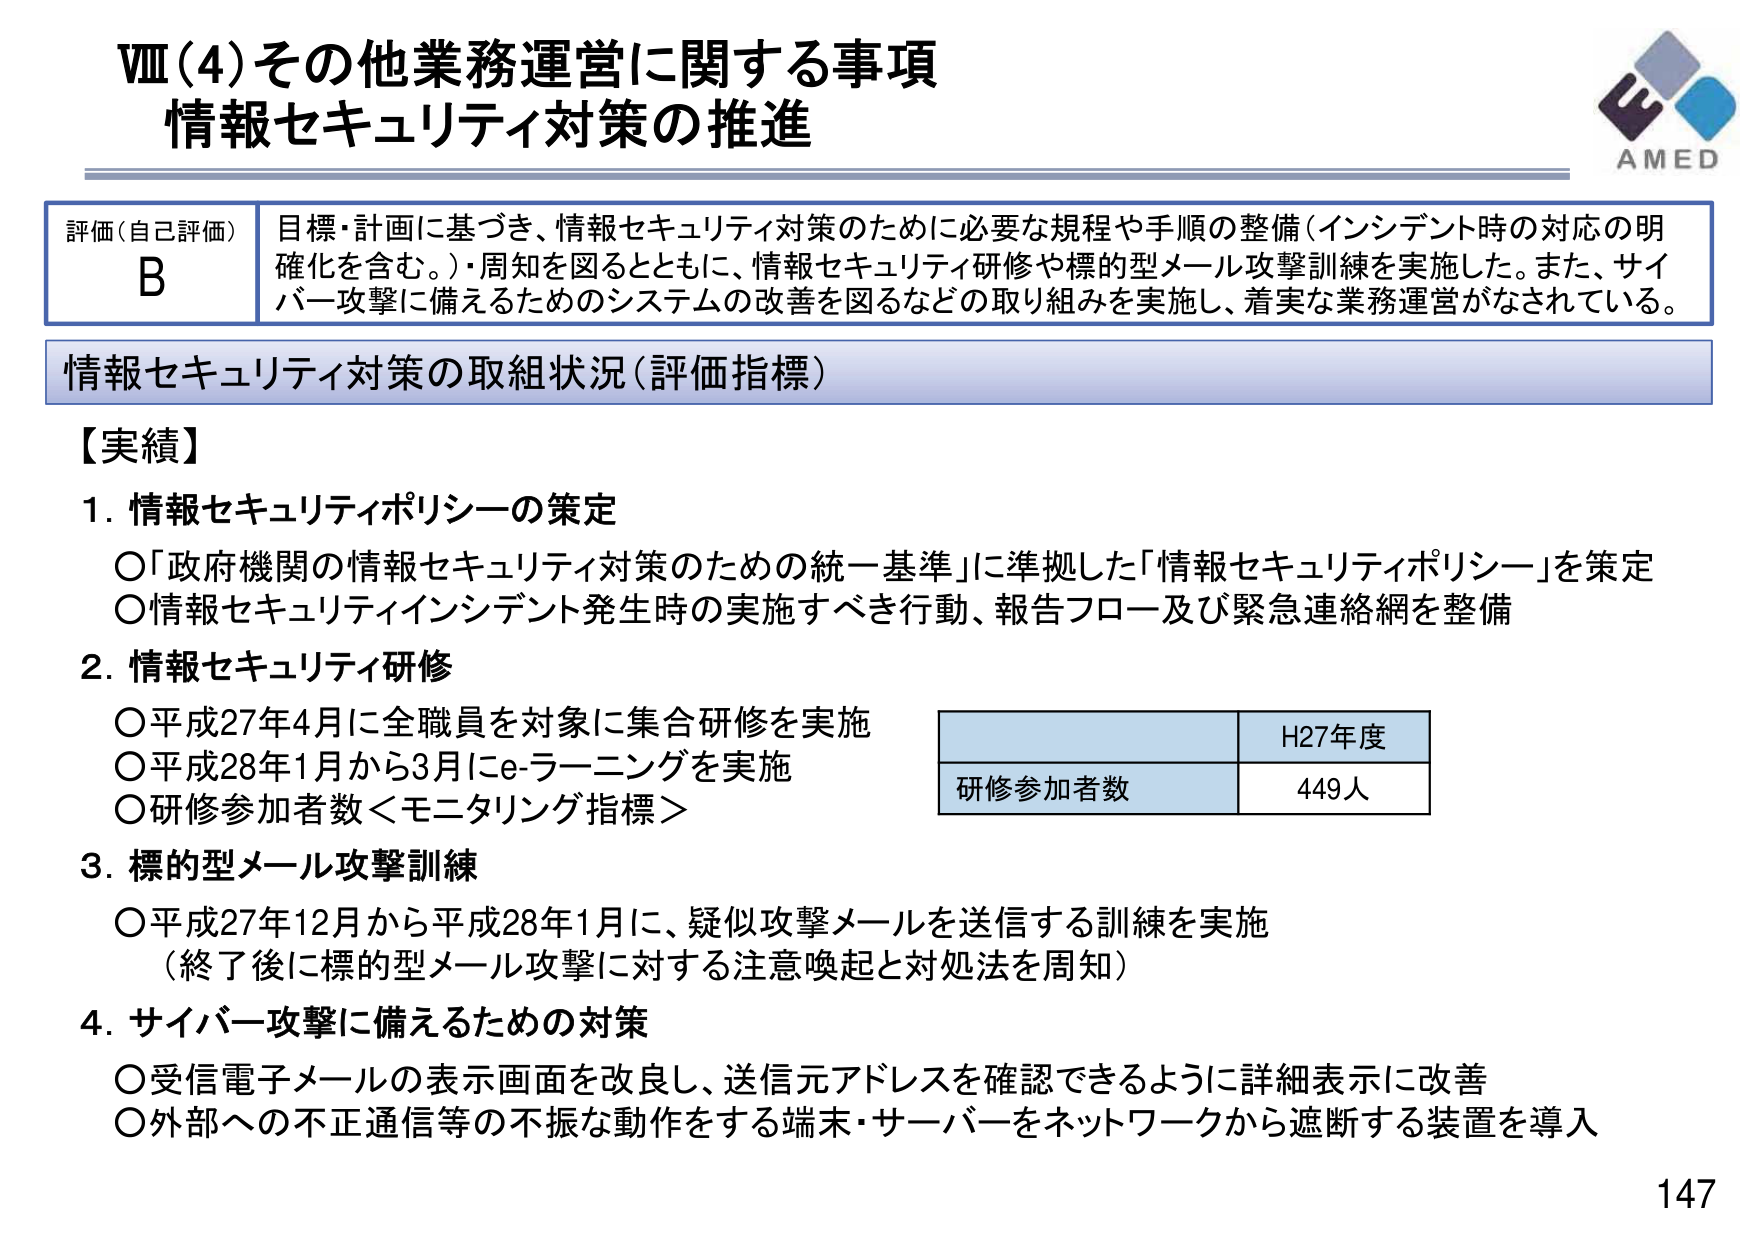
Ⅷ（4）その他業務運営に関する事項
情報セキュリティ対策の推進

評価（自己評価） B
目標・計画に基づき、情報セキュリティ対策のために必要な規程や手順の整備（インシデント時の対応の明確化を含む。）・周知を図るとともに、情報セキュリティ研修や標的型メール攻撃訓練を実施した。また、サイバー攻撃に備えるためのシステムの改善を図るなどの取り組みを実施し、着実な業務運営がなされている。

情報セキュリティ対策の取組状況（評価指標）

【実績】
1. 情報セキュリティポリシーの策定
　○「政府機関の情報セキュリティ対策のための統一基準」に準拠した「情報セキュリティポリシー」を策定
　○情報セキュリティインシデント発生時の実施すべき行動、報告フロー及び緊急連絡網を整備

2. 情報セキュリティ研修
　○平成27年4月に全職員を対象に集合研修を実施
　○平成28年1月から3月にe-ラーニングを実施
　○研修参加者数＜モニタリング指標＞

　　H27年度
　　研修参加者数　449人

3. 標的型メール攻撃訓練
　○平成27年12月から平成28年1月に、疑似攻撃メールを送信する訓練を実施
　　（終了後に標的型メール攻撃に対する注意喚起と対処法を周知）

4. サイバー攻撃に備えるための対策
　○受信電子メールの表示画面を改良し、送信元アドレスを確認できるように詳細表示に改善
　○外部への不正通信等の不振な動作をする端末・サーバーをネットワークから遮断する装置を導入

AMED
147